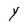
Character: Y